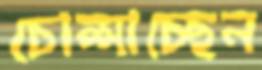
চোপ্‌সাচ্ছেন